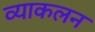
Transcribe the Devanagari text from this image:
व्याकलन